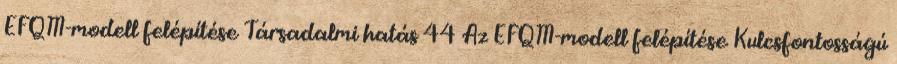
EFQM-modell felépítése Társadalmi hatás 44 Az EFQM-modell felépítése Kulcsfontosságú